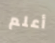
أعلم